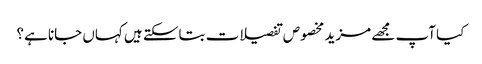
کیا آپ مجھے مزید مخصوص تفصیلات بتاسکتے ہیں کہاں جانا ہے؟